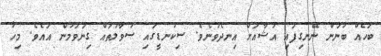
ބަހެއް ބުނަން ނޭނގިފައި އުޝާއަށް އިނދެވުނެވެ. ސިކުނޑީގައި ސުވާލުތައް ގިނަވަމުން އައެވެ. މިހާ